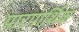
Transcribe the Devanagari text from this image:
पारपार्थिक